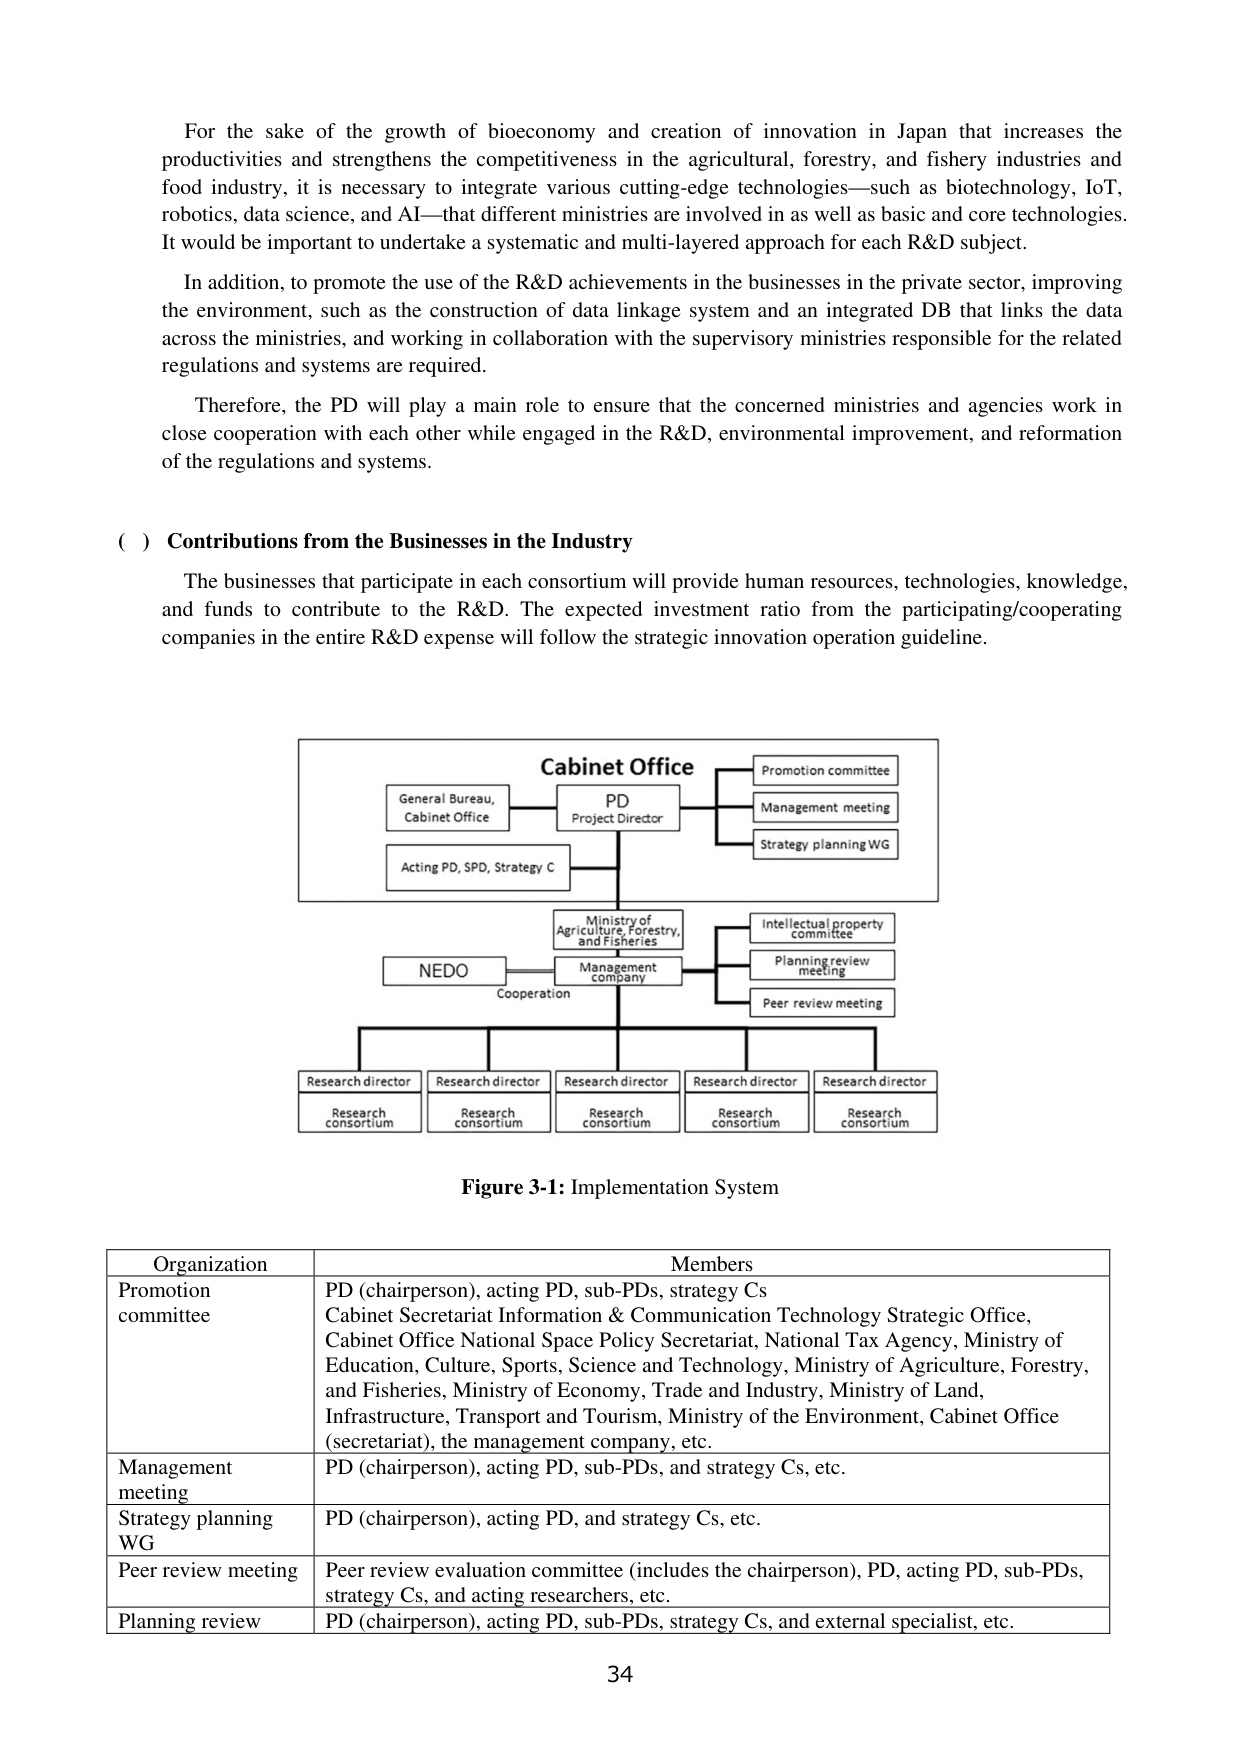
For the sake of the growth of bioeconomy and creation of innovation in Japan that increases the productivities and strengthens the competitiveness in the agricultural, forestry, and fishery industries and food industry, it is necessary to integrate various cutting-edge technologies—such as biotechnology, IoT, robotics, data science, and AI—that different ministries are involved in as well as basic and core technologies. It would be important to undertake a systematic and multi-layered approach for each R&D subject.

In addition, to promote the use of the R&D achievements in the businesses in the private sector, improving the environment, such as the construction of data linkage system and an integrated DB that links the data across the ministries, and working in collaboration with the supervisory ministries responsible for the related regulations and systems are required.

Therefore, the PD will play a main role to ensure that the concerned ministries and agencies work in close cooperation with each other while engaged in the R&D, environmental improvement, and reformation of the regulations and systems.

( ) Contributions from the Businesses in the Industry

The businesses that participate in each consortium will provide human resources, technologies, knowledge, and funds to contribute to the R&D. The expected investment ratio from the participating/cooperating companies in the entire R&D expense will follow the strategic innovation operation guideline.

Cabinet Office
General Bureau, Cabinet Office
PD
Project Director
Acting PD, SPD, Strategy C
Promotion committee
Management meeting
Strategy planning WG
Ministry of Agriculture, Forestry, and Fisheries
NEDO
Cooperation
Management company
Intellectual property committee
Planning review meeting
Peer review meeting
Research director
Research consortium
Research director
Research consortium
Research director
Research consortium
Research director
Research consortium
Research director
Research consortium

Figure 3-1: Implementation System

Organization Members
Promotion committee PD (chairperson), acting PD, sub-PDs, strategy Cs
Cabinet Secretariat Information & Communication Technology Strategic Office,
Cabinet Office National Space Policy Secretariat, National Tax Agency, Ministry of Education, Culture, Sports, Science and Technology, Ministry of Agriculture, Forestry, and Fisheries, Ministry of Economy, Trade and Industry, Ministry of Land, Infrastructure, Transport and Tourism, Ministry of the Environment, Cabinet Office (secretariat), the management company, etc.
Management meeting PD (chairperson), acting PD, sub-PDs, and strategy Cs, etc.
Strategy planning WG PD (chairperson), acting PD, and strategy Cs, etc.
Peer review meeting Peer review evaluation committee (includes the chairperson), PD, acting PD, sub-PDs, strategy Cs, and acting researchers, etc.
Planning review PD (chairperson), acting PD, sub-PDs, strategy Cs, and external specialist, etc.

34